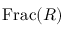
\operatorname { F r a c } ( R )